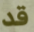
قد